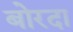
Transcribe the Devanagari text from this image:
बोरदा